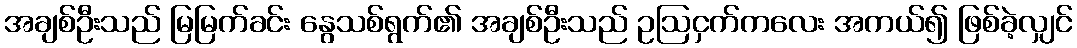
အချစ်ဦးသည် မြမြက်ခင်း နွေသစ်ရွက်၏ အချစ်ဦးသည် ဥဩငှက်ကလေး အကယ်၍ ဖြစ်ခဲ့လျှင်